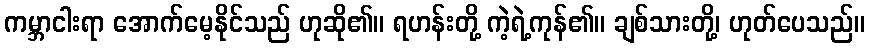
ကမ္ဘာငါးရာ အောက်မေ့နိုင်သည် ဟုဆို၏။ ရဟန်းတို့ ကဲ့ရဲ့ကုန်၏။ ချစ်သားတို့၊ ဟုတ်ပေသည်။